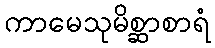
ကာမေသုမိစ္ဆာစာရံ